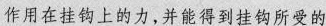
作用在挂钩上的力，并能得到挂钩所受的